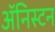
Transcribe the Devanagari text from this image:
अॅनिस्टन